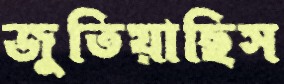
জুতিয়াছিস